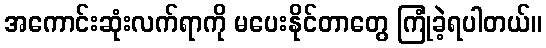
အကောင်းဆုံးလက်ရာကို မပေးနိုင်တာတွေ ကြုံခဲ့ရပါတယ်။